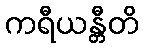
ကရီယန္တီတိ